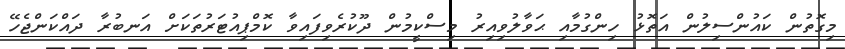
މިގޮތުން ކައުންސިލުން އަތޮޅު ހިންގުމާއި ޙަވާލުވިއިރު މިސްކީމުން ދޫކުރެވިފައިވާ ކޮމްޕިއުޓަރުތަކަށް އަނބުރާ ދައްކަންޖެހޭ